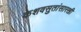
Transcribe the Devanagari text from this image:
केशवसुतांसारखी